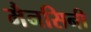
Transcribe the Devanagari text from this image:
मैनसिनी